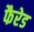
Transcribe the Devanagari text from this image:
फैरेड